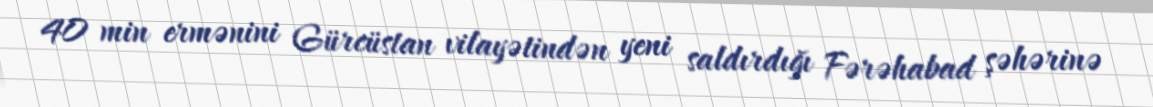
40 min ermənini Gürcüstan vilayətindən yeni saldırdığı Fərəhabad şəhərinə